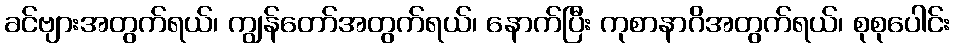
ခင်ဗျားအတွက်ရယ်၊ ကျွန်တော်အတွက်ရယ်၊ နောက်ပြီး ကုစာနာဂိအတွက်ရယ်၊ စုစုပေါင်း